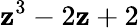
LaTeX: \mathbf{z}^{3}-2\mathbf{z}+2